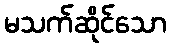
မသက်ဆိုင်သော